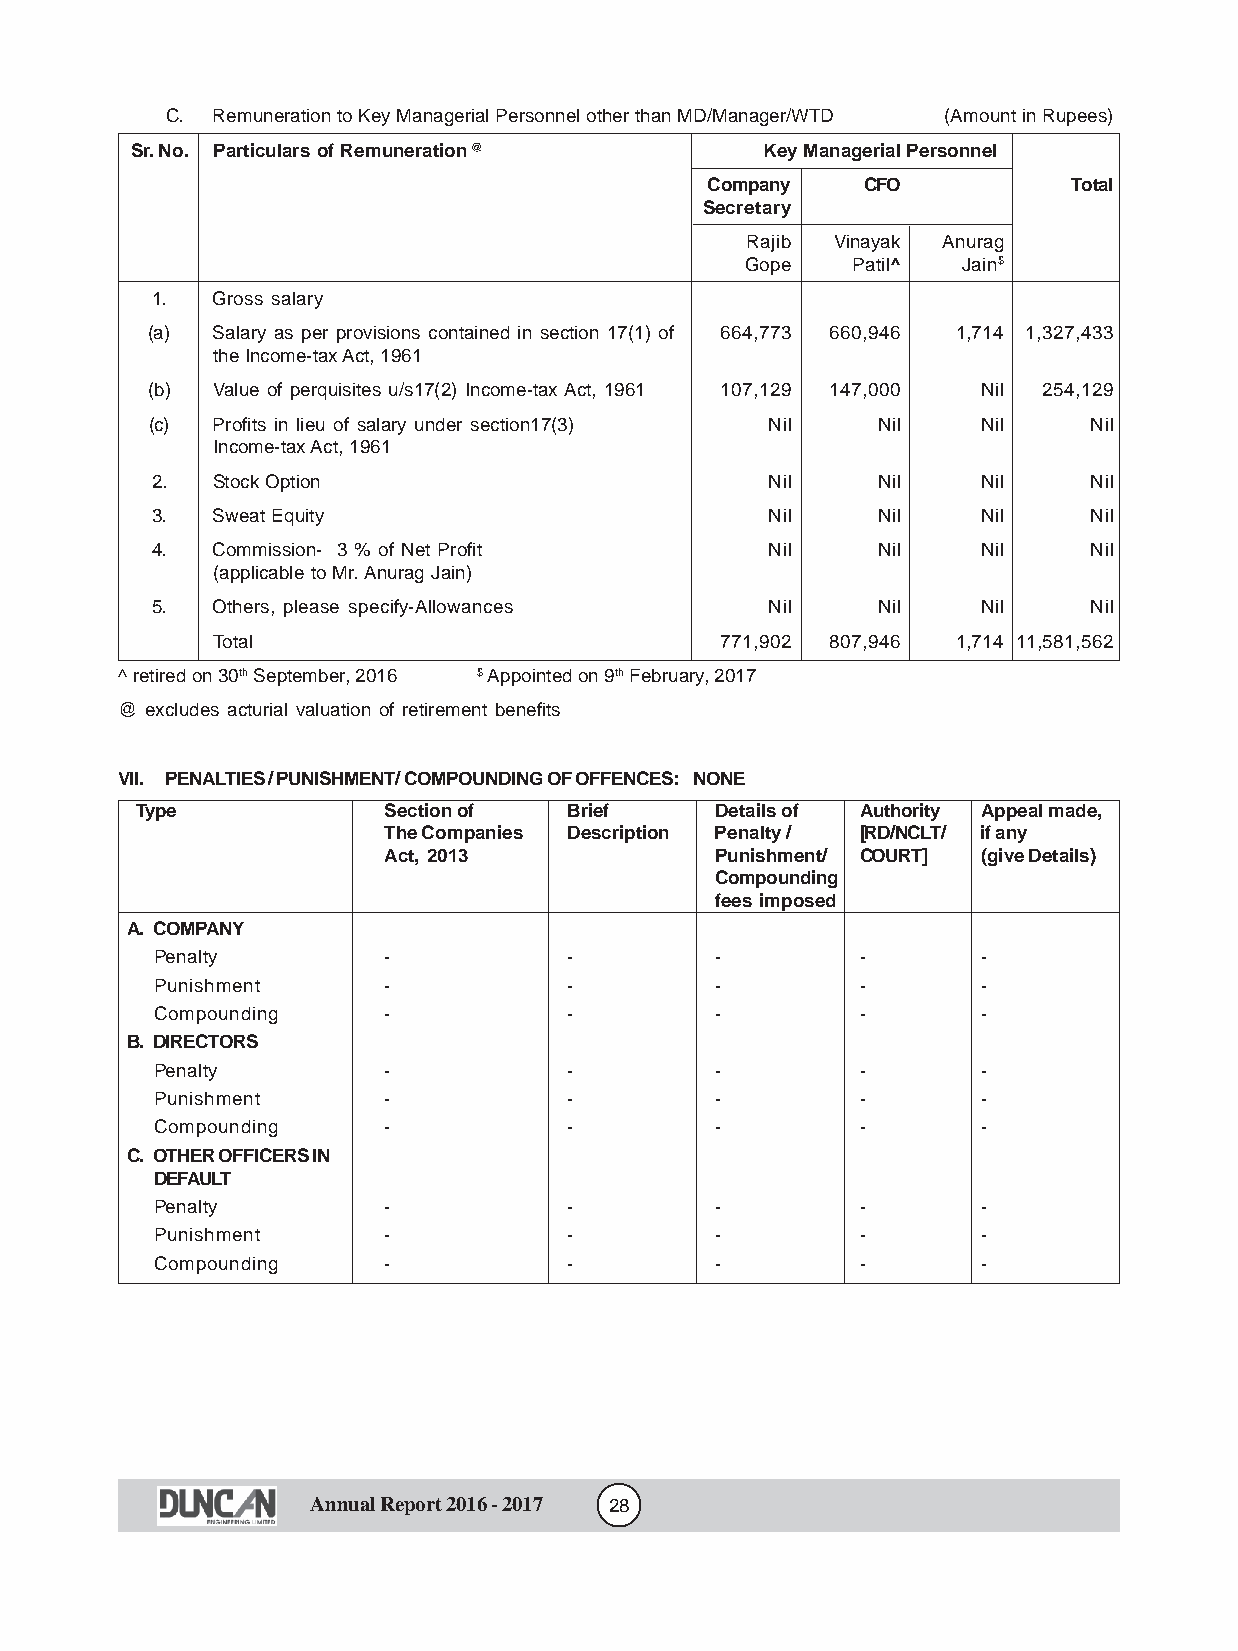
C. Remuneration to Key Managerial Personnel other than MD/Manager/WTD (Amount in Rupees)
 Sr. No. Particulars of Remuneration @    Key Managerial Personnel
 Company   CFO           Total
 Secretary
 Rajib Vinayak Anurag
 Gope   Patil^  Jain$
 1.  Gross salary
 (a) Salary as per provisions contained in section 17(1) of 664,773 660,946 1,714 1,327,433
 the Income-tax Act, 1961
 (b) Value of perquisites u/s17(2) Income-tax Act, 1961 107,129 147,000 Nil 254,129
 (c) Profits in lieu of salary under section17(3) Nil Nil Nil  Nil
 Income-tax Act, 1961
 2.  Stock Option                         Nil    Nil    Nil    Nil
 3.  Sweat Equity                         Nil    Nil    Nil    Nil
 4.  Commission- 3 % of Net Profit        Nil    Nil    Nil    Nil
 (applicable to Mr. Anurag Jain)
 5.  Others, please specify-Allowances    Nil    Nil    Nil    Nil
 Total                             771,902 807,946 1,714 11,581,562
 ^ retired on 30th September, 2016 $ Appointed on 9th February, 2017
 @ excludes acturial valuation of retirement benefits
 VII. PENALTIES / PUNISHMENT/ COMPOUNDING OF OFFENCES: NONE
 Type            Section of   Brief    Details of Authority Appeal made,
 The Companies Description Penalty / [RD/NCLT/ if any
 Act, 2013             Punishment/ COURT] (give Details)
 Compounding
 fees imposed
 A. COMPANY
 Penalty        -            -        -         -       -
 Punishment     -            -        -         -       -
 Compounding    -            -        -         -       -
 B. DIRECTORS
 Penalty        -            -        -         -       -
 Punishment     -            -        -         -       -
 Compounding    -            -        -         -       -
 C. OTHER OFFICERS IN
 DEFAULT
 Penalty        -            -        -         -       -
 Punishment     -            -        -         -       -
 Compounding    -            -        -         -       -
 Annual Report 2016 - 2017 28